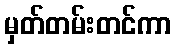
မှတ်တမ်းတင်ကာ